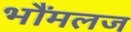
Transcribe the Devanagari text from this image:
भौंमलज